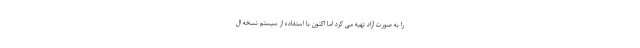
را به صورت آزاد تهیه می کرد اما اکنون با استفاده از سیستم نسخه ال